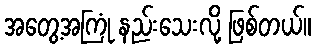
အတွေ့အကြုံ နည်းသေးလို့ ဖြစ်တယ်။